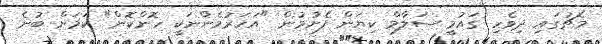
މެޗުގައި ދިވެހި ގައުމީ ސަލާމް ކިޔަން ފެށުމުން "އަހަރުމެންނަކީ ހޮންކޮން" ކަމަށް ބުނެ